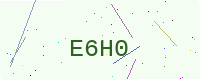
Text: E6H0